Report on sanitation, dispensaries, and jails in Rajputana for 1911, and on vaccination for the year 1911-1912 - 1911-1912
Year: 1911
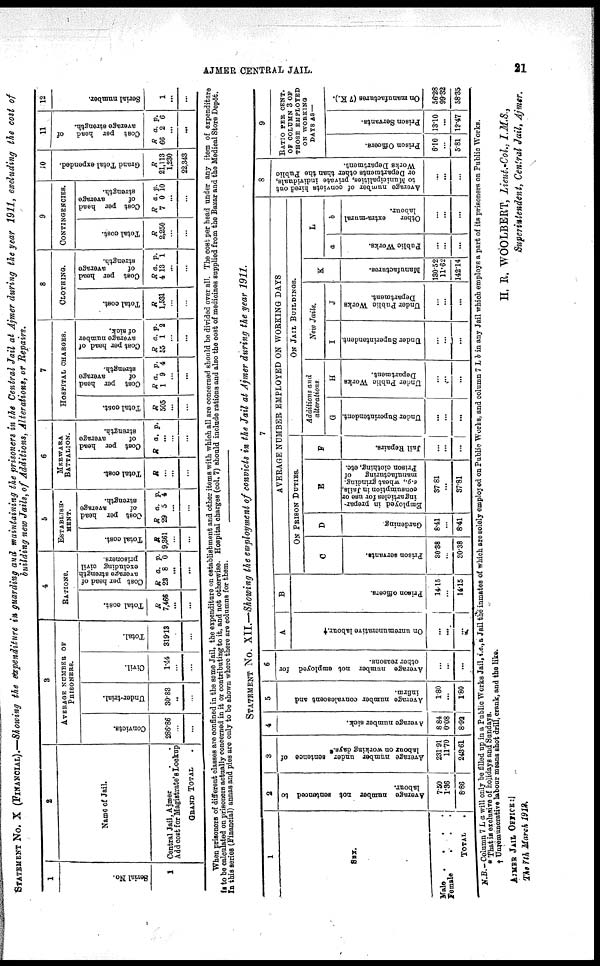
AJMER CENTRAL JAIL.
21
STATEMENT No X (FINANCIAL) — Showing the expenditure in guarding and maintaining the prisoners in the Central Jail at Ajmer during the year 1911, excluding the cost of
building new Jails, of Additions, Alterations, or Repairs.
1
Serial No.
1
2
Name of Jail.
Central Jail, Ajmer
.
.
Add cost for Magistrate's Lookup
GRAND TOTAL .
3
AVERAGE NUMBER OF
PRISONERS.
Convicts.
286.86
...
...
Under-trial.
30.83
..
...
Civil.
1.44
...
...
Total.
319.13
...
...
4
RATIONS.
Total cost.
R
7,466
...
...
Cost per head
of
a ve r
a ge strength
excluding civil
prisoners.
R
23
a.
8
p.
0
...
...
5
ESTABLISH-
----.
Total cost.
R
9,361
...
...
Cost per head
of aver age
strength.
R
29
a.
5
p.
4
...
...
6
MERWARA
BATTALION.
Total cost.
R
...
...
...
Cost per head
of average
strength.
R a. p.
...
...
...
7
HOSPITAL CHARGES.
Total cost.
R
505
...
...
Cost per head
of average
strength.
R
1
a.
9
p.
4
...
...
Cost per head of
average number
of sick.
R
55
a.
1
p.
2
...
...
8
CLOTHING.
Total cost.
R
1,531
...
...
Coat per head
of a ve r
a ge
strength.
R
4
a.
13
p.
1
...
...
9
CONTINGENCIES.
Total cost.
R
2,250
...
...
Cost per head
of a ve r
a ge
strength.
R
7
a.
0
p.
10
...
...
10
Grand Total expended.
R
21,113
1,230
22,343
11
Cost per head of
average strength.
R
66
a.
2
p.
6
...
...
12
Serial number.
1
...
...
When prisoners of different classes are confined in the same Jail , the expenditure on establishment and other items with which all are concerned should be divided over all. The cost per head under any item of expenditure
is to be calculated on prisoners actually concerned in it or contributing to it ,and not otherwise. Hospital charges (col. 7) should include rations and also the cost of medicines supplied from the Bazar and the Medical Store Depôt.
In this serirs(Financial) annas and pies are only to be shown where there are columns for them.
STATEMENT No. XII.—Showing the employment of convicts in the Jail at Ajmer during the year 1911.
1
SEX.
Male . . . .
Female
.
.
.
TOTAL .
2
Average number not sentenced to
labour.
7.50
1.36
8.86
3
Average number under sentence of
labour on working days.*
231.91
11.70
243.61
4
Average number sick.
8.84
0.08
8.92
5
Average number convalescent and
infirm.
1.80
...
1.80
6
Average number not employed for
other reasons.
...
...
...
7
A
On unremunerative labour.†
...
...
...
B
Prison officers
14.15
...
14.15
AVERAGE NUMBER EMPLOYED ON WORKING DAYS
ON PRISON DUTIES.
C
Prison servants.
30.38
...
30.38
D
Gardening
8.41
...
8.41
E
Employed in prepar-
ing articles for use or
consumption in Jails,
e.g., wheat grinding,
manufacturing
of
Prison clothing, etc.
37.81
...
37.81
F
Jail Repairs.
...
...
...
ON JAIL BUILDINGS.
Additions and
alterations
G
Under Superintendent.
...
...
...
H
Under Public Works
Department.
...
...
...
New Jails.
I
Under Superintendent.
...
...
...
J
Under Public Works
Department.
...
...
...
K
Manufactures.
130.52
11.62
142.14
L
a
Public Works.
...
...
...
b
Other
extra-mural
labour.
...
...
...
8
Average number of convicts hired out
to Municipalities, private individuals,
or Departments other than the Public
Works Department.
...
...
...
9
RATIO PER CENT.
OF COLUMN 3 OF
THOSE EMPLOYED
ON WORKING
DAYS AS —
Prison Officers.
6.10
...
5.81
Prison Servants.
13.10
...
12.47
On manufactures (7 K.).
56.28
99.32
58.35
N.B -Column 7 L a will only be filled up in a Public Works Jail, i.e.,a Jail the inmates of which are solely employed on Public Works, and column 7 L b in any Jail which employs a part of its prisoners on Public Works.
* That is exclusive of holidays and Sundays.
† Unremunerative labour means shot drill, crank, and the like.
H. R. WOOLBERT, Lieut.-Col, I.M.S.,
Superintendent, Central Jail, Ajmer.
AJMER JAIL OFFICE:
The 7th March 1912.